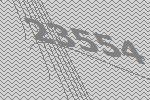
23554